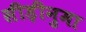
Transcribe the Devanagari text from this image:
सीड़ीनुमा